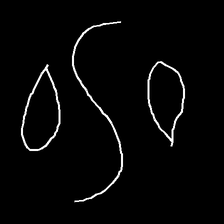
Glyph: water